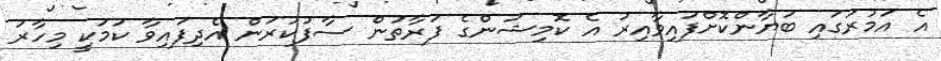
އެ އަމުރުގައި ބަޔާންކޮށްފައިވާއިރު އެ ކޮމިޝަންގެ ފަރާތުން ސާފުކުރަން އެދިފައިވާ ކަމަކީ މިހާރު